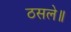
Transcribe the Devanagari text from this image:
ठसले॥